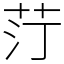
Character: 𦭑